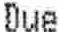
DUE